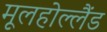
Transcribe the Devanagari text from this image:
मूलहोल्लैंड